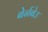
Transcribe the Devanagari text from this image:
बेर्नबेउ